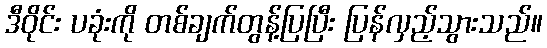
ဒီဝိုင်း ပခုံးကို တစ်ချက်တွန့်ပြပြီး ပြန်လှည့်သွားသည်။